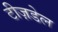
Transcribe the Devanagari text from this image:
टीज़डेल